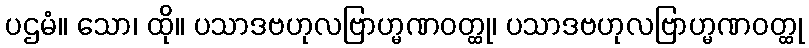
ပဌမံ။ သော၊ ထို။ ပသာဒဗဟုလဗြာဟ္မဏဝတ္ထု၊ ပသာဒဗဟုလဗြာဟ္မဏဝတ္ထု